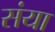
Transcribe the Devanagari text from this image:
संया